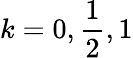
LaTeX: k=0,\frac{1}{2},1